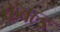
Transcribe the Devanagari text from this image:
फेबल्ड